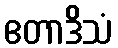
ဧတာဒိသံ